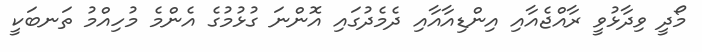
މޯދީ ވިދާޅުވީ ރާއްޖެއާއި އިންޑިއާއާއި ދެމެދުގައި އޮންނަ ގުޅުމުގެ އެންމެ މުހިއްމު ތަނބަކީ